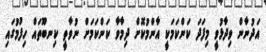
އަދުނާން ވިދާޅުވީ މިފަދަ ކަންކަމަކީ އާންމުކޮށް ދިމާވާ ކަންކަމަށް ނުވާތީ ކިނބޫތައް ހިފުމުގައި